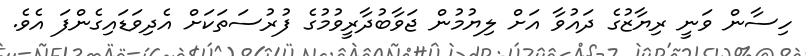
ހިސާން ވަނީ ރިޔާޒުގެ ދައުވާ އަށް ލިޔުމުން ޖަވާބުދާރީވުމުގެ ފުރުސަތަކަށް އެދިވަޑައިގެންފަ އެވެ.